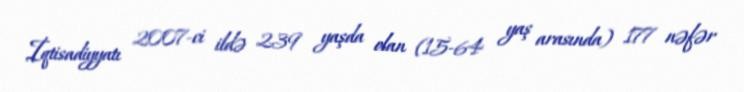
İqtisadiyyatı 2007-ci ildə 239 yaşda olan (15-64 yaş arasında) 177 nəfər